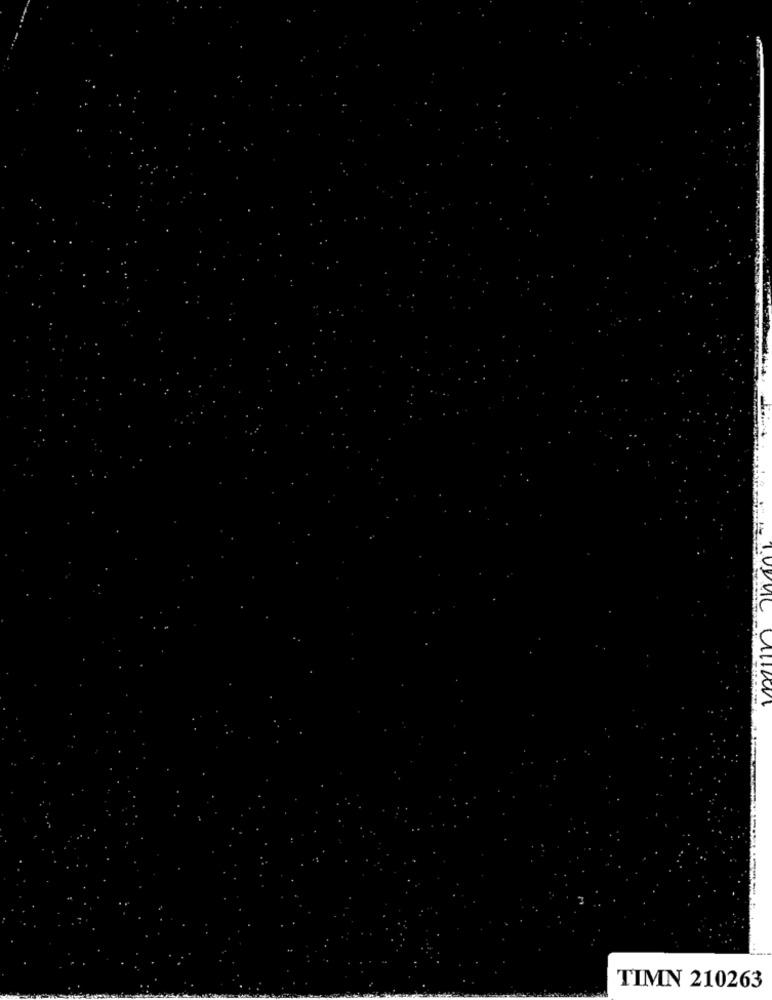
.
TIMN 210263